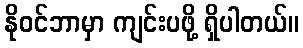
နိုဝင်ဘာမှာ ကျင်းပဖို့ ရှိပါတယ်။